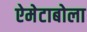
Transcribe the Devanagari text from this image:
ऐमेटाबोला